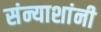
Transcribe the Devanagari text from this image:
संन्याशांनी